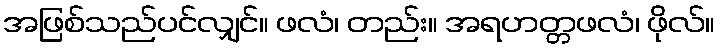
အဖြစ်သည်ပင်လျှင်။ ဖလံ၊ တည်း။ အရဟတ္တဖလံ၊ ဖိုလ်။